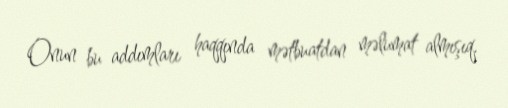
Onun bu addımları haqqında mətbuatdan məlumat almışıq.